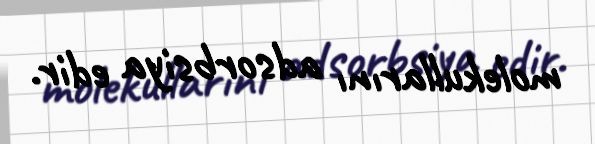
molekullarını adsorbsiya edir.